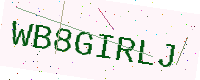
Text: WB8GIRLJ